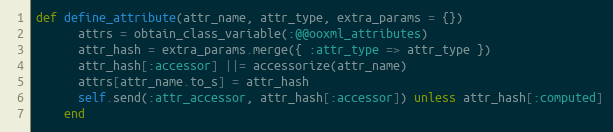
Language: Ruby
def define_attribute(attr_name, attr_type, extra_params = {})
      attrs = obtain_class_variable(:@@ooxml_attributes)
      attr_hash = extra_params.merge({ :attr_type => attr_type })
      attr_hash[:accessor] ||= accessorize(attr_name)
      attrs[attr_name.to_s] = attr_hash
      self.send(:attr_accessor, attr_hash[:accessor]) unless attr_hash[:computed]
    end